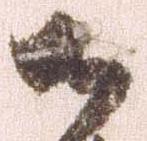
御